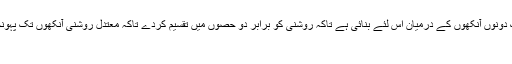
ناک دونوں آنکھوں کے درمیان اس لئے بنائی ہے تاکہ روشنی کو برابر دو حصوں میں تقسیم کردے تاکہ معتدل روشنی آنکھوں تک پہونچے
۷)۔